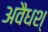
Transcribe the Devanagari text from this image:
अवैधश्